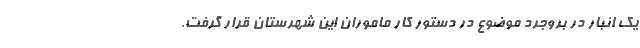
یک انبار در بروجرد موضوع در دستور کار ماموران این شهرستان قرار گرفت.